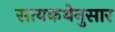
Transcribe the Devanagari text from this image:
सत्यकथेनुसार